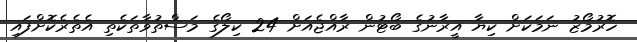
ހޮރުމޯޒު ނަމަކަށް ކިޔާ އީރާނުގެ ބޯޓުން ރާއްޖެއަށް 24 ކިލޯގެ މަސްތުވާތަކެތި އެތެރެކޮށްފައި